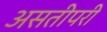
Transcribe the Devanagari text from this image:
असतीपरी